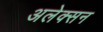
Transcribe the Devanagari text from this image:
अलेक्सन